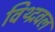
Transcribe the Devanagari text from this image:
विथ्द्रवल